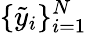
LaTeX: \{ \tilde{y}_{i}\} _{i=1}^{N}